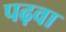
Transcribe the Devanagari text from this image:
पढ़वा